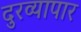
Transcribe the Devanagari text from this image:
दुरव्यापार